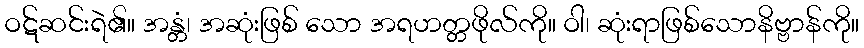
ဝဋ်ဆင်းရဲ၏။ အန္တံ၊ အဆုံးဖြစ် သော အရဟတ္တဖိုလ်ကို။ ဝါ၊ ဆုံးရာဖြစ်သောနိဗ္ဗာန်ကို။